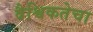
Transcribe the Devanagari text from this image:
वैश्विकतेचा